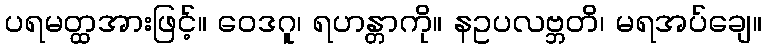
ပရမတ္ထအားဖြင့်။ ဝေဒဂူ၊ ရဟန္တာကို။ နဥပလဗ္ဘတိ၊ မရအပ်ချေ။